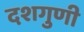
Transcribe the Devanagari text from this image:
दशगुणी